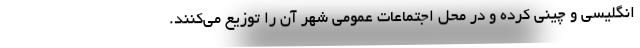
انگلیسی و چینی کرده و در محل اجتماعات عمومی شهر آن را توزیع می‌کنند.